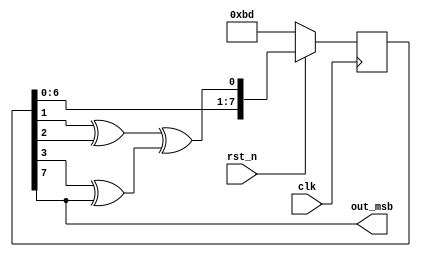
`timescale 1ns/1ps

module Many_To_One_LFSR(clk, rst_n, out_msb);
input clk;
input rst_n;
output wire out_msb;

reg [8-1:0] out;
wire [7:0] next_out;
assign next_out = {out[6:0], (out[1] ^ out[2]) ^ (out[3] ^ out[7])};
assign out_msb = out[7];

always@(posedge clk) begin
    if(rst_n == 1'b0) out <= 8'b10111101;
    else out <= next_out;
end

endmodule

`timescale 1ns/1ps

module Scan_Chain_Design(clk, rst_n, scan_in, scan_en, scan_out);
input clk;
input rst_n;
input scan_in;
input scan_en;
output reg scan_out;

reg [7:0] sdff, p;

always@(*)begin
    p = sdff[7:4] * sdff[3:0];
    scan_out = sdff[0];
end

always@(posedge clk)begin
    if(rst_n == 1'b0) sdff <= 8'b0;
    else begin
        if(scan_en == 1'b0) sdff <= p;
        else sdff <= {scan_in, sdff[7:1]};
    end
end

//always@(negedge clk)begin
//    $display("a: %d, b: %d, p: %d, sdff: %b", sdff[7:4], sdff[3:0], p, sdff);
//end

endmodule


module Built_In_Self_Test(clk, rst_n, scan_en, scan_in, scan_out);
input clk;
input rst_n;
input scan_en;
output scan_in;
output scan_out;

Many_To_One_LFSR lfsr(clk, rst_n, scan_in);
Scan_Chain_Design scd(clk, rst_n, scan_in, scan_en, scan_out);

endmodule